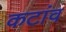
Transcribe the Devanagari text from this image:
कटांव